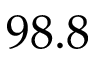
9 8 . 8